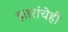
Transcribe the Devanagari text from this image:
इतरांचेही